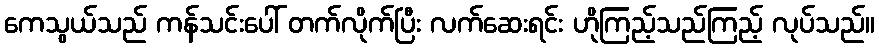
ကေသွယ်သည် ကန်သင်းပေါ် တက်လိုက်ပြီး လက်ဆေးရင်း ဟိုကြည့်သည်ကြည့် လုပ်သည်။